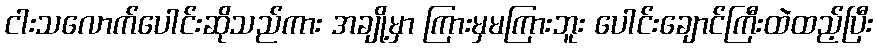
ငါးသလောက်ပေါင်းဆိုသည်ကား အချို့မှာ ကြားမှမကြားဘူး ပေါင်းချောင်ကြီးထဲထည့်ပြီး